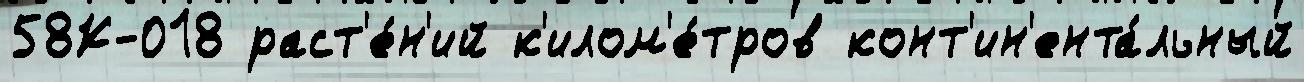
58К-018 раст'е́н'ий к'илом'е́тров конт'ин'ента́льный